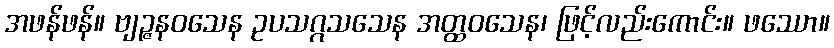
အဖန်ဖန်။ ဗျဉ္ဇနဝသေန ဥပသဂ္ဂသသေန အတ္ထဝသေန၊ ဖြင့်လည်းကောင်း။ ဖဿော။